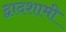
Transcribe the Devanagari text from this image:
द्वादशामी